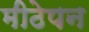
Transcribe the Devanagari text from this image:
मीठेपन